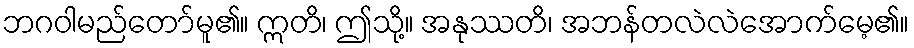
ဘဂဝါမည်တော်မူ၏။ ဣတိ၊ ဤသို့။ အနုဿတိ၊ အဘန်တလဲလဲအောက်မေ့၏။